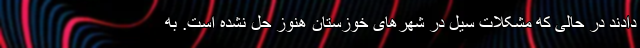
دادند در حالی که مشکلات سیل در شهرهای خوزستان هنوز حل نشده است. به